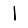
Digit: 1